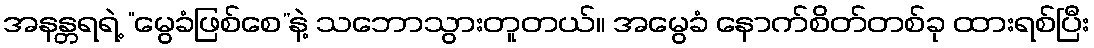
အနန္တရရဲ့ “မွေခံဖြစ်စေ”နဲ့ သဘောသွားတူတယ်။ အမွေခံ နောက်စိတ်တစ်ခု ထားရစ်ပြီး